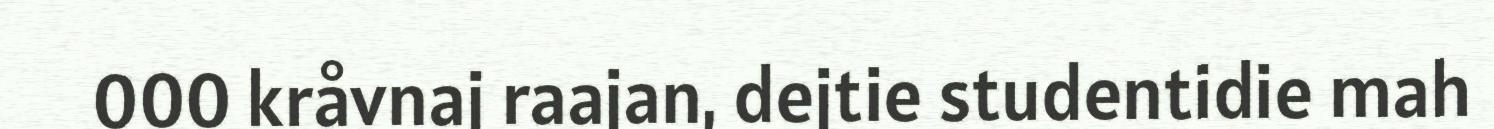
000 kråvnaj raajan, dejtie studentidie mah